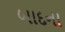
બાદના